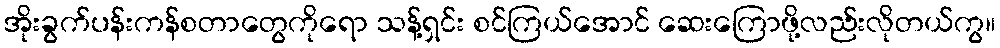
အိုးခွက်ပန်းကန်စတာတွေကိုရော သန့်ရှင်း စင်ကြယ်အောင် ဆေးကြောဖို့လည်းလိုတယ်ကွ။